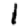
Digit: 1